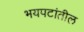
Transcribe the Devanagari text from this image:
भयपटांतील